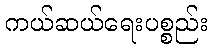
ကယ်ဆယ်ရေးပစ္စည်း